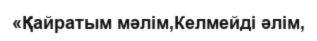
«Қайратым мәлім,Келмейді әлім,